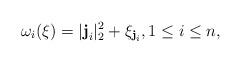
\begin{align*}\omega_{i}(\xi)= |{\textbf{j}}_i|_2^2+ \xi_{{\textbf{j}}_i}, 1\leq i\leq n,\end{align*}